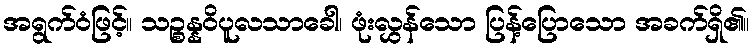
အရွက်ဝံဖြင့်။ သဉ္စန္နဝိပူလသာခေါ၊ ဖုံးလွှန်သော ပြန့်ပြောသော အခက်ရှိ၏။